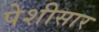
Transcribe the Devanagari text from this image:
पेशीसार